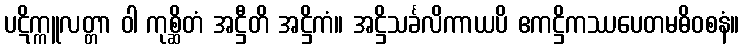
ပဋိက္ကူလတ္တာ ဝါ ကုစ္ဆိတံ အဋ္ဌီတိ အဋ္ဌိကံ။ အဋ္ဌိသင်္ခလိကာယပိ ဧကဋ္ဌိကဿပေတမဓိဝစနံ။